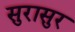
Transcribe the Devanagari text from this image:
सुरासुर